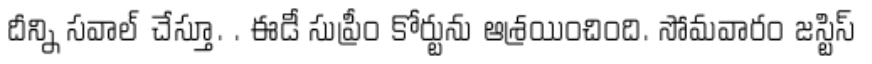
దీన్ని సవాల్ చేస్తూ. . ఈడీ సుప్రీం కోర్టును ఆశ్రయించింది. సోమవారం జస్టిస్